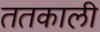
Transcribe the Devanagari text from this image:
ततकाली